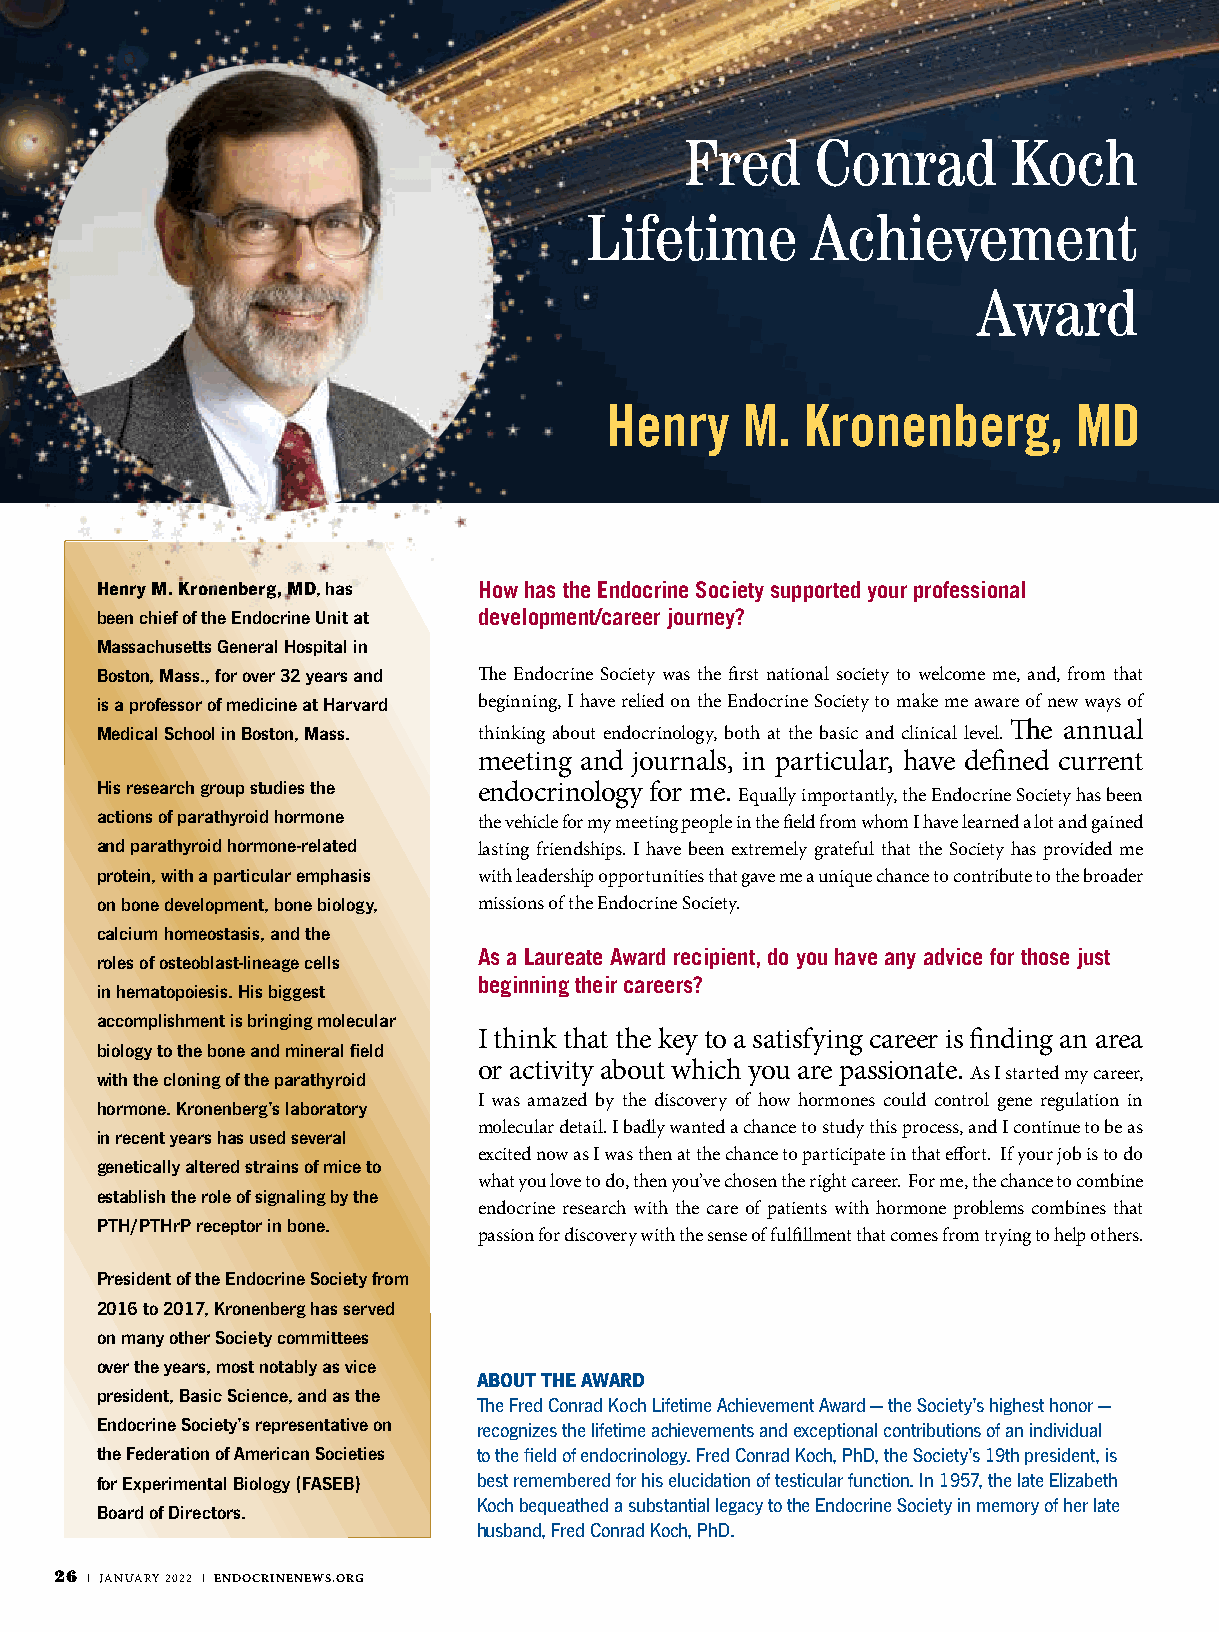
Fred     Conrad       Koch
 Lifetime       Achievement
 Award
 Henry    M.  Kronenberg,       MD
 Henry M. Kronenberg, MD, has How has the Endocrine Society supported your professional
 been chief of the Endocrine Unit at development/career journey?
 Massachusetts General Hospital in
 Boston, Mass., for over 32 years and The Endocrine Society was the first national society to welcome me, and, from that
 is a professor of medicine at Harvard beginning, I have relied on the Endocrine Society to make me aware of new ways of
 Medical School in Boston, Mass. thinking about endocrinology, both at the basic and clinical level. The annual
 meeting and journals, in particular, have defined current
 His research group studies the endocrinology for me.
 Equally importantly, the Endocrine Society has been
 actions of parathyroid hormone
 the vehicle for my meeting people in the field from whom I have learned a lot and gained
 and parathyroid hormone-related lasting friendships. I have been extremely grateful that the Society has provided me
 protein, with a particular emphasis with leadership opportunities that gave me a unique chance to contribute to the broader
 on bone development, bone biology, missions of the Endocrine Society.
 calcium homeostasis, and the
 As a Laureate Award recipient, do you have any advice for those just
 roles of osteoblast-lineage cells
 beginning their careers?
 in hematopoiesis. His biggest
 accomplishment is bringing molecular
 I think that the key to a satisfying career is finding an area
 biology to the bone and mineral field
 or activity about which you are passionate.
 with the cloning of the parathyroid                       As I started my career,
 I was amazed by the discovery of how hormones could control gene regulation in
 hormone. Kronenberg’s laboratory
 molecular detail. I badly wanted a chance to study this process, and I continue to be as
 in recent years has used several
 excited now as I was then at the chance to participate in that effort. If your job is to do
 genetically altered strains of mice to
 what you love to do, then you’ve chosen the right career. For me, the chance to combine
 establish the role of signaling by the
 endocrine research with the care of patients with hormone problems combines that
 PTH/PTHrP receptor in bone.
 passion for discovery with the sense of fulfillment that comes from trying to help others.
 President of the Endocrine Society from
 2016 to 2017, Kronenberg has served
 on many other Society committees
 over the years, most notably as vice
 ABOUT THE AWARD
 president, Basic Science, and as the
 The Fred Conrad Koch Lifetime Achievement Award — the Society’s highest honor —
 Endocrine Society’s representative on recognizes the lifetime achievements and exceptional contributions of an individual
 the Federation of American Societies to the field of endocrinology. Fred Conrad Koch, PhD, the Society’s 19th president, is
 for Experimental Biology (FASEB) best remembered for his elucidation of testicular function. In 1957, the late Elizabeth
 Koch bequeathed a substantial legacy to the Endocrine Society in memory of her late
 Board of Directors.
 husband, Fred Conrad Koch, PhD.
 26 | JANUARY 2022 | ENDOCRINENEWS.ORG